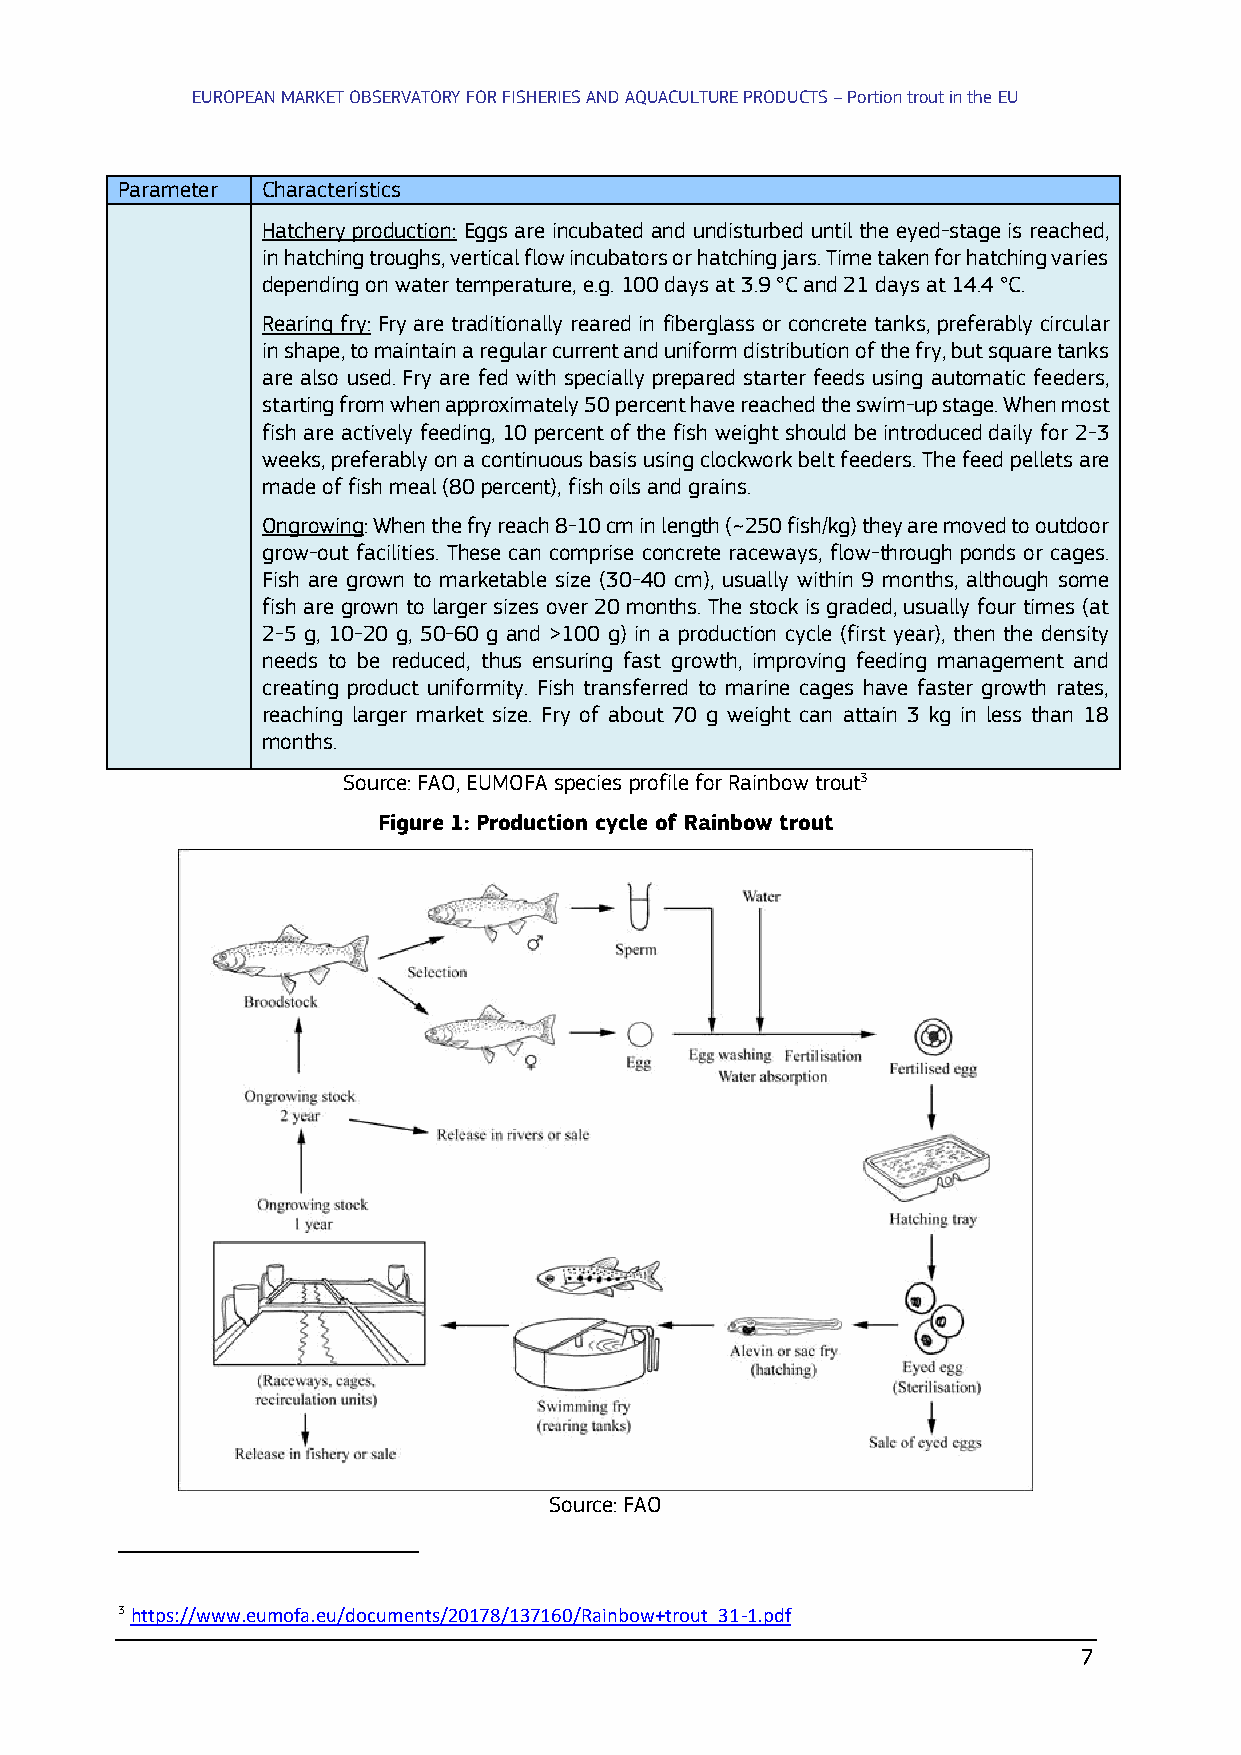
EUROPEAN MARKET OBSERVATORY FOR FISHERIES AND AQUACULTURE PRODUCTS – Portion trout in the EU
 Parameter Characteristics
 Hatchery production: Eggs are incubated and undisturbed until the eyed-stage is reached,
 in hatching troughs, vertical flow incubators or hatching jars. Time taken for hatching varies
 depending on water temperature, e.g. 100 days at 3.9 °C and 21 days at 14.4 °C.
 Rearing fry: Fry are traditionally reared in fiberglass or concrete tanks, preferably circular
 in shape, to maintain a regular current and uniform distribution of the fry, but square tanks
 are also used. Fry are fed with specially prepared starter feeds using automatic feeders,
 starting from when approximately 50 percent have reached the swim-up stage. When most
 fish are actively feeding, 10 percent of the fish weight should be introduced daily for 2-3
 weeks, preferably on a continuous basis using clockwork belt feeders. The feed pellets are
 made of fish meal (80 percent), fish oils and grains.
 Ongrowing: When the fry reach 8-10 cm in length (~250 fish/kg) they are moved to outdoor
 grow-out facilities. These can comprise concrete raceways, flow-through ponds or cages.
 Fish are grown to marketable size (30-40 cm), usually within 9 months, although some
 fish are grown to larger sizes over 20 months. The stock is graded, usually four times (at
 2-5 g, 10-20 g, 50-60 g and >100 g) in a production cycle (first year), then the density
 needs to be reduced, thus ensuring fast growth, improving feeding management and
 creating product uniformity. Fish transferred to marine cages have faster growth rates,
 reaching larger market size. Fry of about 70 g weight can attain 3 kg in less than 18
 months.
 Source: FAO, EUMOFA species profile for Rainbow trout3
 Figure 1: Production cycle of Rainbow trout
 Source: FAO
 3 https://www.eumofa.eu/documents/20178/137160/Rainbow+trout_31-1.pdf
 7